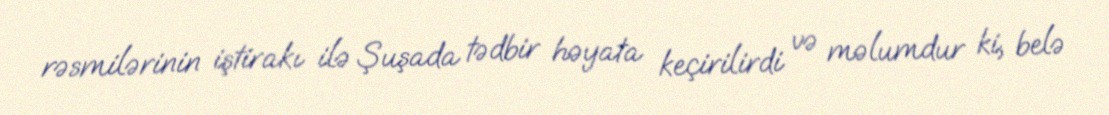
rəsmilərinin iştirakı ilə Şuşada tədbir həyata keçirilirdi və məlumdur ki, belə